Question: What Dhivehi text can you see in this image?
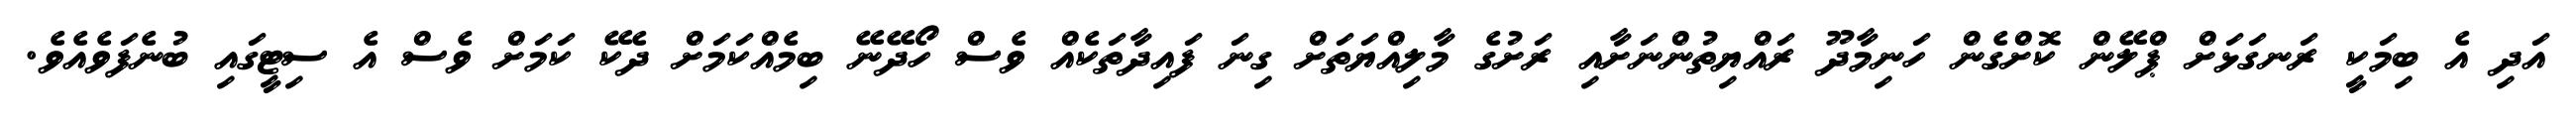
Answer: އަދި އެ ބިމަކީ ރަނގަޅަށް ޕްލޭން ކޮށްގެން ހަނިމާދޫ ރައްޔިތުންނަށާއި ރަށުގެ މާލިއްޔަތަށް ގިނަ ފައިދާތަކެއް ވެސް ހޯދޭނޭ ބިމެއްކަމަށް ދެކޭ ކަމަށް ވެސް އެ ސިޓީގައި ބުނެފަވެއެވެ.